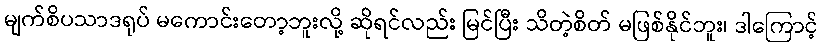
မျက်စိပသာဒရုပ် မကောင်းတော့ဘူးလို့ ဆိုရင်လည်း မြင်ပြီး သိတဲ့စိတ် မဖြစ်နိုင်ဘူး၊ ဒါကြောင့်